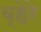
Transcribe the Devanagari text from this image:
व्हेरे